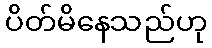
ပိတ်မိနေသည်ဟု